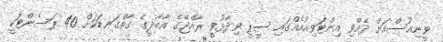
ވީނިއުސްއަށް ދެއްވި އިންޓަވިއުއެއްގައި ސީޕީ ވިދާޅުވީ ރާއްޖޭގެ އާބާދީގެ ގާތްގަނޑަކަށް 40 ޕަސެންޓަކީ